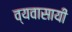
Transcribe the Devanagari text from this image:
व्यवासायी